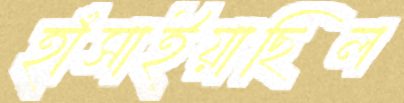
হাঁসাইয়াছিল